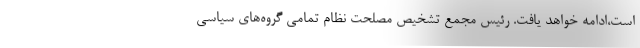
است،ادامه خواهد یافت. رئیس مجمع تشخیص مصلحت نظام تمامی گروه‌های سیاسی